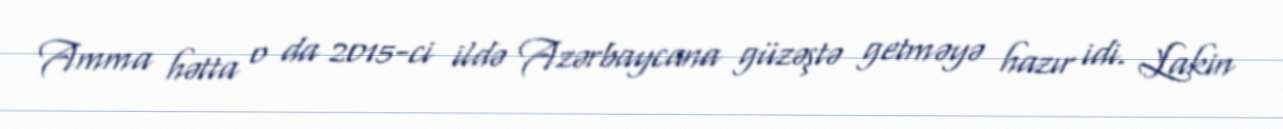
Amma hətta o da 2015-ci ildə Azərbaycana güzəştə getməyə hazır idi. Lakin